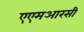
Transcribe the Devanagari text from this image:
एएमआरसी